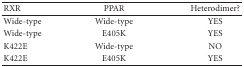
<table><thead><tr><td><b>RXR</b></td><td><b>PPAR</b></td><td><b>Heterodimer?</b></td></tr></thead><tbody><tr><td>Wide-type</td><td>Wide-type</td><td>YES</td></tr><tr><td>Wide-type</td><td>E405K</td><td>YES</td></tr><tr><td>K422E</td><td>Wide-type</td><td>NO</td></tr><tr><td>K422E</td><td>E405K</td><td>YES</td></tr></tbody></table>